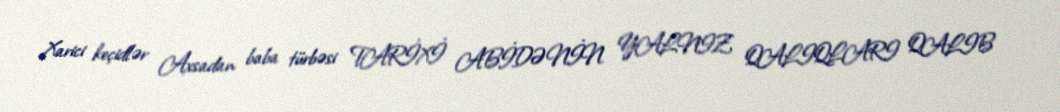
Xarici keçidlər Axsadan baba türbəsi TARİXİ ABİDƏNİN YALNIZ QALIQLARI QALIB